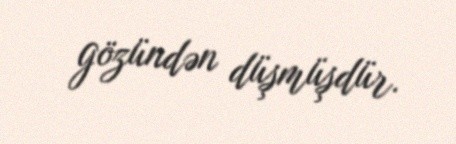
gözündən düşmüşdür.